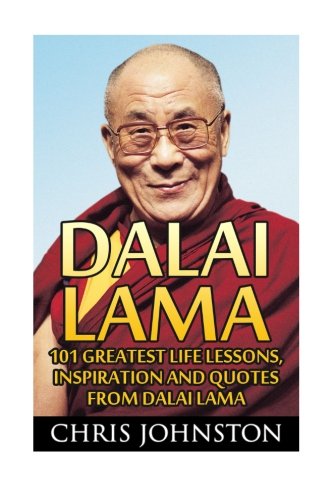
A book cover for Dalai Lama: 101 Greatest Life Lessons, Inspiration and Quotes From Dalai Lama (A Force for Good, The Art of Happiness, Meditation); Chris Johnston; Religion & Spirituality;